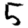
Digit: 5